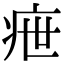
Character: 疶